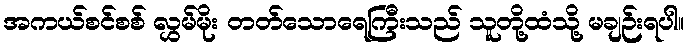
အကယ်စင်စစ် လွှမ်မိုး တတ်သောရေကြီးသည် သူတို့ထံသို့ မချဉ်းရပါ။